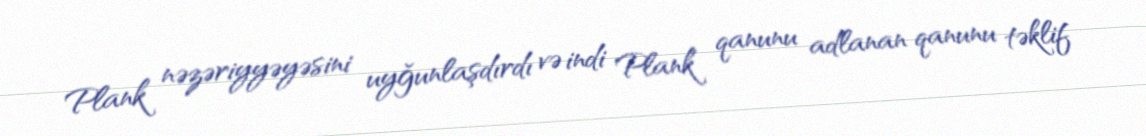
Plank nəzəriyyəyəsini uyğunlaşdırdı və indi Plank qanunu adlanan qanunu təklif